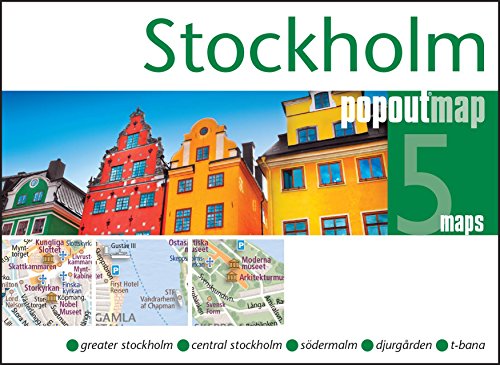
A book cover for Stockholm PopOut Map: Handy, pocket size, pop-up map of Stockholm (PopOut Maps); Travel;